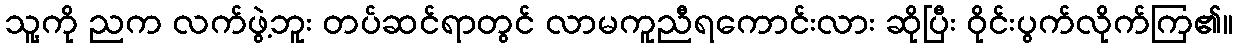
သူ့ကို ညက လက်ဖွဲ့ဘူး တပ်ဆင်ရာတွင် လာမကူညီရကောင်းလား ဆိုပြီး ဝိုင်းပွက်လိုက်ကြ၏။